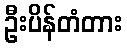
ဦးပိန်တံတား